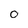
Character: 0